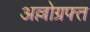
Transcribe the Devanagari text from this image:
अल्लोग्रफ्त